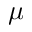
\mu